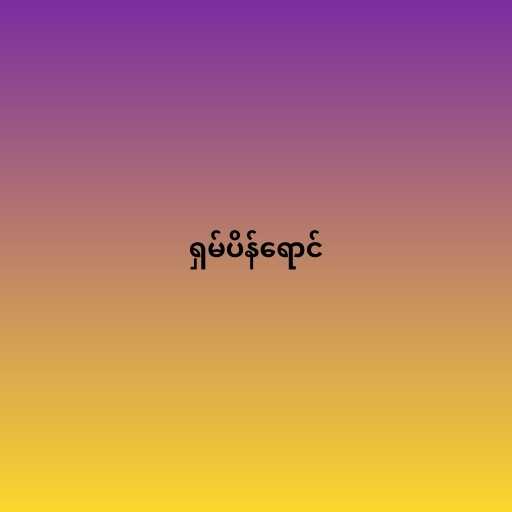
ရှမ်ပိန်ရောင်